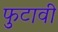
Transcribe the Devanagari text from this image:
फुटावी